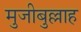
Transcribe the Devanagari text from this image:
मुजीबुल्लाह